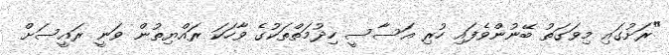
"ރަށުގައި މިވަގަތު ބޭނުންވެފައި ހުރި އަސާސީ ހިދުމަތްތަކުގެ ވާހަކަ ރައްޔިތުން ވަނީ ރައީސަށް